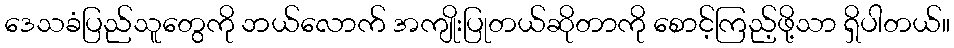
ဒေသခံပြည်သူတွေကို ဘယ်လောက် အကျိုးပြုတယ်ဆိုတာကို စောင့်ကြည့်ဖို့သာ ရှိပါတယ်။